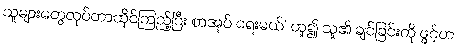
သူများတွေလုပ်တာထိုင်ကြည့်ပြီး စာအုပ် ရေးမယ်’ ဟူ၍ သူ၏ ချင်ခြင်းကို ဖွင့်ဟ